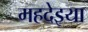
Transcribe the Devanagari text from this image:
महदेइया